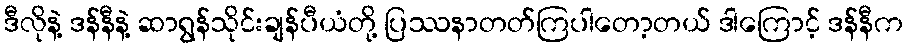
ဒီလိုနဲ့ ဒန်နီနဲ့ ဆာရွန်သိုင်းချန်ပီယံတို့ ပြဿနာတတ်ကြပါတော့တယ် ဒါကြောင့် ဒန်နီက